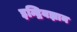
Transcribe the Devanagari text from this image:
इन्द्रियज्ञान